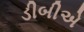
ડીબીએ